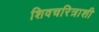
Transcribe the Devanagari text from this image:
शिवचरित्राशी